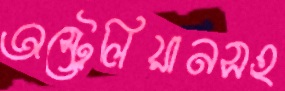
অস্ট্রেলিয়ানসহ